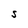
Character: s